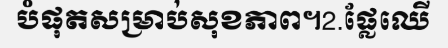
បំផុតសម្រាប់សុខភាព។2.ផ្លែឈើ